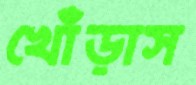
খোঁড়াস